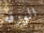
الورقه